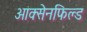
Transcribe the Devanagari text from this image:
आक्सेनफिल्ड